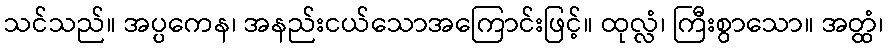
သင်သည်။ အပ္ပကေန၊ အနည်းငယ်သောအကြောင်းဖြင့်။ ထုလ္လံ၊ ကြီးစွာသော။ အတ္ထံ၊